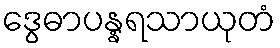
ဒွေဓာပန္နရသာယုတံ